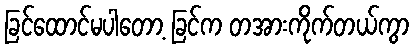
ခြင်ထောင်မပါတော့ ခြင်က တအားကိုက်တယ်ကွာ